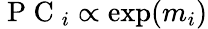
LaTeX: {\mathrm{~P~C~}_{i}\propto\exp(m_{i})}